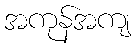
အကုန်အကျ